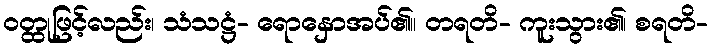
ဝတ္ထုဖြင့်လည်း၊ သံသဋ္ဌံ- ရောနှောအပ်၏။ တရတိ- ကူးသွား၏၊ စရတိ-